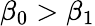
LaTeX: \beta_{0}>\beta_{1}